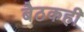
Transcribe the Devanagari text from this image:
बैठकही